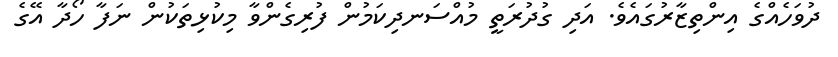
ދުވަހެއްގެ އިންތިޒާރުގައެވެ. އަދި ގުދުރަތީ މުއްސަނދިކަމުން ފުރިގެންވާ މިކުޅިތަކުން ނަފާ ހޯދާ އޭގެ